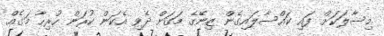
މިސާލަކަށް ފައި ކައްސާލައިގެން ޒިނޭގެ މަގަށް ދެވި އެކަން ކުރަން ހުރިހާ މަގެއް